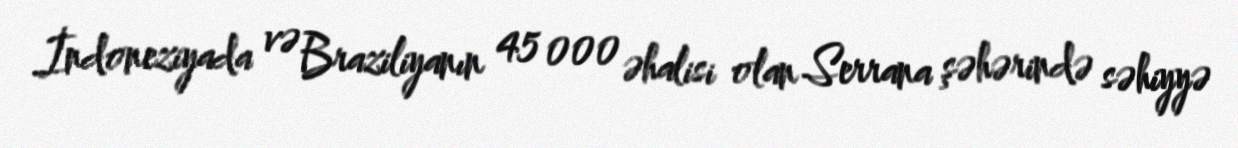
İndoneziyada və Braziliyanın 45 000 əhalisi olan Serrana şəhərində səhiyyə